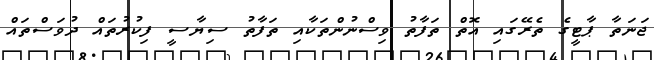
ޖަނަތާ ޕާޓީގެ ތެރޭގައި އޮތް ތަފާތު ވިސްނުންތަކާއި ތަފާތު ސިޔާސީ ފިކުރުތައް ދުވަސްތައް